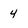
Character: 4